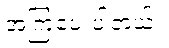
အကြံပေးပါတယ်။